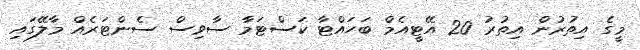
މީގެ އިތުރުން އިތުރު 20 އޭޓީއެމް ބަހައްޓާ ކަސްޓަމާ ސާވިސް ސެންޓަރެއް މާލޭގައި